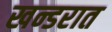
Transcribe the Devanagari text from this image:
खन्डरात